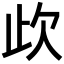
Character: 𣢃